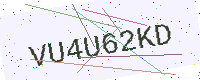
Text: VU4U62KD